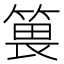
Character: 𥯜